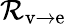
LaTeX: {\mathcal{R}}_{\mathrm{v\rightarrow e}}